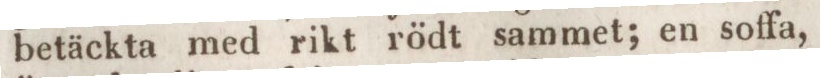
betäckta med rikt rödt sammet; en soffa,